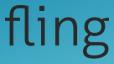
fling